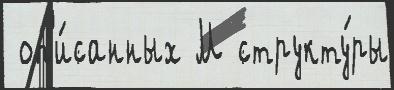
 оп'и́санных М структу́ры